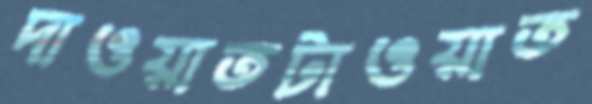
দাওয়াতটাওয়াত